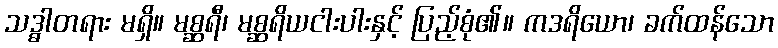
သဒ္ဓါတရား မရှိ။ မစ္ဆရီ၊ မစ္ဆရိယငါးပါးနှင့် ပြည့်စုံ၏။ ကဒရိယော၊ ခက်ထန်သော